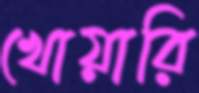
খোয়ারি